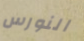
النورس